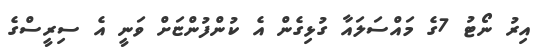
އިރު ނޯޓު 7ގެ މައްސަލައާ ގުޅިގެން އެ ކުންފުންޏަށް ވަނީ އެ ސިރީސްގެ